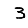
Digit: 3